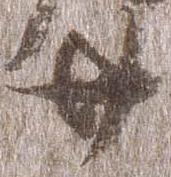
廿